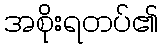
အစိုးရတပ်၏